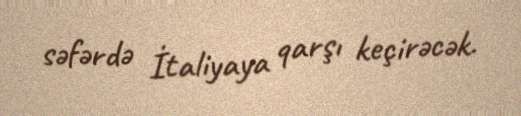
səfərdə İtaliyaya qarşı keçirəcək.